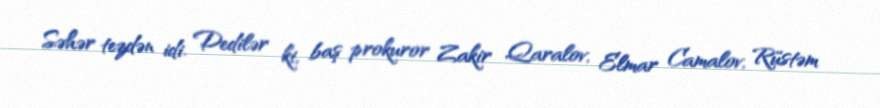
Səhər tezdən idi. Dedilər ki, baş prokuror Zakir Qaralov, Elmar Camalov, Rüstəm